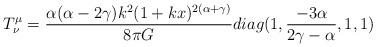
LaTeX: \begin{align*}T^{\mu}_{\nu}=\frac{\alpha(\alpha-2\gamma) k^{2}(1+kx)^{2(\alpha+\gamma)}}{8\pi G}diag(1,\frac{-3\alpha}{2\gamma-\alpha},1,1)\end{align*}